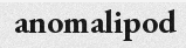
anomalipod